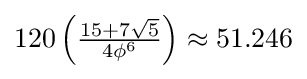
120\left({\tfrac {15+7{\sqrt {5}}}{4\phi ^{6}}}\right)\approx 51.246